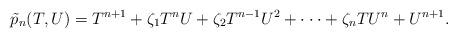
LaTeX: \begin{align*} \tilde{p}_{n}(T, U) = T^{n+1} + \zeta_1T^{n}U + \zeta_2T^{n-1}U^2 + \cdot \cdot \cdot + \zeta_nTU^{n} + U^{n+1}.\end{align*}